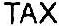
TAX